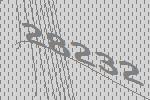
28232